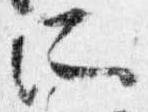
所